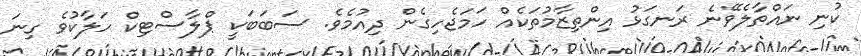
ކުނި ނައްތާލެވޭނެ ރަނގަޅު އިންތިޒާމުތަކެއް ހަމަޖެހިގެން ދިއުމެވެ. ސަބަބަކީ ޕްލާސްޓިކް ހަލާކުވެ ގިނަ